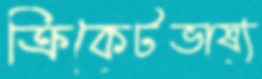
ক্রিকেটভাষ্য